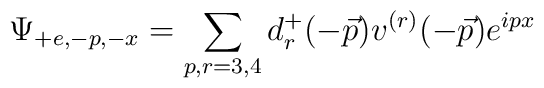
\Psi_{+e,-p,-x}=\sum_{p,r=3,4}d_r^+(-\vec{p})v^{(r)}(-\vec{p})e^{i p x}